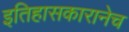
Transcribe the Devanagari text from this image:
इतिहासकारानेच